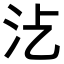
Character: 𣲁